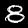
Label: 8